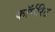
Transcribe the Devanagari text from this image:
कॉर्परिट